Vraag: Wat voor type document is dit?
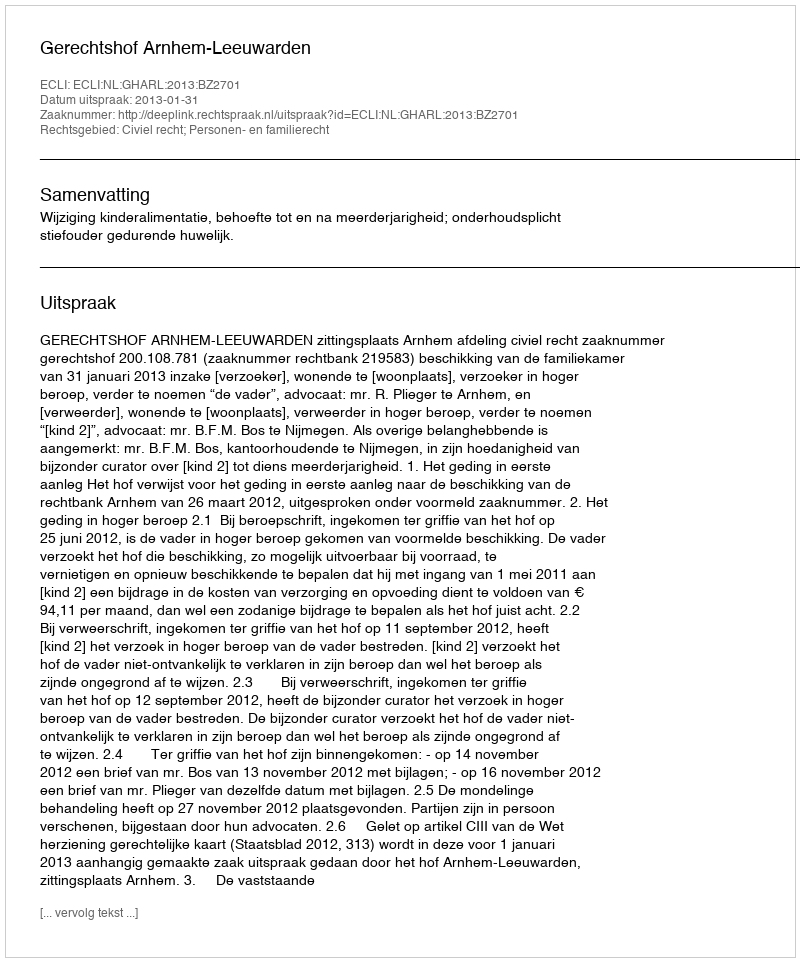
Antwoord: Uitspraak